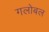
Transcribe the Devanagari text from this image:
गलोबल